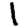
Digit: 1